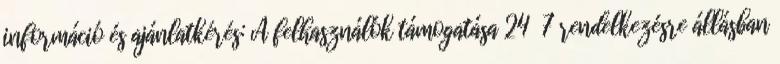
információ és ajánlatkérés: A felhasználók támogatása 24 7 rendelkezésre állásban